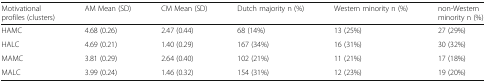
| Motivational profiles (clusters) | AM Mean (SD) | CM Mean (SD) | Dutch majority n (%) | Western minority n (%) | non-Western minority n (%) |
 | --- | --- | --- | --- | --- | --- |
 | HAMC | 4.68 (0.26) | 2.47 (0.44) | 68 (14%) | 13 (25%) | 27 (29%) |
 | HALC | 4.69 (0.21) | 1.40 (0.29) | 167 (34%) | 16 (31%) | 30 (32%) |
 | MAMC | 3.81 (0.29) | 2.64 (0.40) | 102 (21%) | 11 (21%) | 17 (18%) |
 | MALC | 3.99 (0.24) | 1.46 (0.32) | 154 (31%) | 12 (23%) | 19 (20%) |